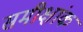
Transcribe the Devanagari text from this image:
समीक्षांक